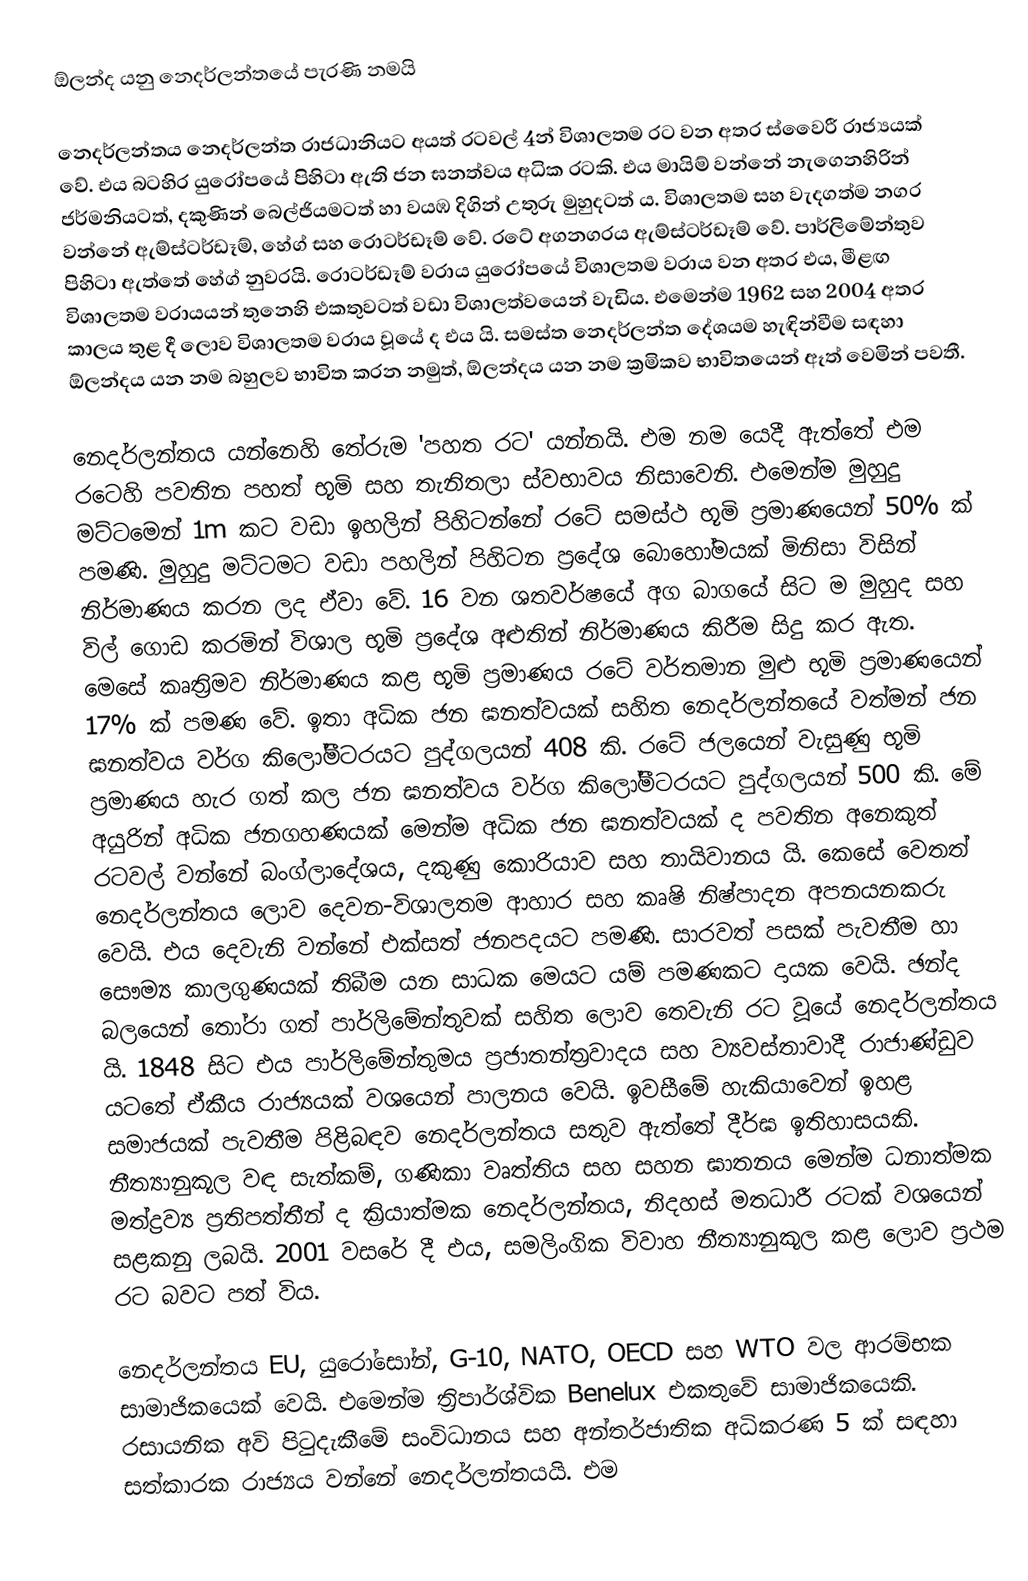
ඕලන්ද යනු නෙදර්ලන්තයේ පැරණි නමයි

නෙදර්ලන්තය නෙදර්ලන්ත රාජධානිය‍ට අයත් රටවල් 4න් විශාලතම රට වන අතර ස්වෛරී රාජ්‍යයක් වේ. එය බටහිර යුරෝපයේ පිහිටා ඇති ජන ඝනත්වය අධික රටකි. එය මායිම් වන්නේ නැගෙනහිරින් ජර්මනියටත්, දකුණින් බෙල්ජියමටත් හා වයඹ දිගින් උතුරු මුහුදටත් ය. විශාලතම සහ වැදගත්ම නගර වන්නේ ඇම්ස්ටර්ඩෑම්, හේග් සහ රොටර්ඩෑම් වේ. රටේ අගනගරය ඇම්ස්ටර්ඩෑම් වේ. පාර්ලිමේන්තුව පිහිටා ඇත්තේ හේග් නුවරයි. රොටර්ඩෑම් වරාය යුරෝපයේ විශාලතම වරාය වන අතර එය, මීළඟ විශාලතම වරායයන් තුනෙහි එකතුවටත් වඩා විශාලත්වයෙන් වැඩිය. එමෙන්ම 1962 සහ 2004 අතර කාලය තුළ දී ලොව විශාලතම වරාය වූයේ ද එය යි. සමස්ත නෙදර්ලන්ත දේශයම හැඳින්වීම සඳහා ඕලන්දය යන නම බහුලව භාවිත කරන නමුත්, ඕලන්දය යන නම ක්‍රමිකව භාවිතයෙන් ඈත් ‌වෙමින් පවතී.

නෙදර්ලන්තය යන්නෙහි තේරුම 'පහත රට' යන්නයි. එම නම යෙදී ඇත්තේ එම රටෙහි පවතින පහත් භූමි සහ තැනිතලා ස්වභාවය නිසාවෙනි. එමෙන්ම මුහුදු මට්ටමෙන් 1m කට වඩා ඉහලින් පිහිටන්නේ රටේ සමස්ථ භූමි ප්‍රමාණයෙන් 50% ක් පමණි. මුහුදු මට්ටමට වඩා පහලින් පිහිටන ප්‍රදේශ බොහෝමයක් මිනිසා විසින් නිර්මාණය කරන ලද ඒවා වේ. 16 වන ශතවර්ෂයේ අග බාගයේ සිට ම මුහුද සහ විල් ගොඩ කරමින් විශාල භූමි ප්‍රදේශ අළුතින් නිර්මාණය කිරීම සිදු කර ඇත. මෙසේ කෘත්‍රිමව නිර්මාණය කළ භූමි ප්‍රමාණය රටේ වර්තමාන මුළු භූමි ප්‍රමාණයෙන් 17% ක් පමණ වේ. ඉතා අධික ජන ඝනත්වයක් සහිත නෙදර්ලන්තයේ වත්මන් ජන ඝනත්වය වර්ග කිලෝමීටරයට පුද්ගලයන් 408 කි. රටේ ජලයෙන් වැසුණු භූමි ප්‍රමාණය හැර ගත් කල ජන ඝනත්වය වර්ග කිලෝමීටරයට පුද්ගලයන් 500 කි. මේ අයුරින් අධික ජනගහණයක් මෙන්ම අධික ජන ඝනත්වයක් ද පවතින අනෙකුත් රටවල් වන්නේ බංග්ලාදේශය, දකුණු කොරියාව සහ තායිවානය යි. කෙසේ වෙතත් නෙදර්ලන්තය ලොව දෙවන-විශාලතම ආහාර සහ කෘෂි නිෂ්පාදන අපනයනකරු වෙයි. එය දෙවැනි වන්නේ එක්සත් ජනපදයට පමණි. සාරවත් පසක් පැවතීම හා සෞම්‍ය කාලගුණයක් තිබීම යන සාධක මෙයට යම් පමණකට දායක වෙයි. ඡන්ද බලයෙන් තෝරා ගත් පාර්ලිමේන්තුවක් සහිත ලොව තෙවැනි රට වූයේ නෙදර්ලන්තය යි. 1848 සිට එය පාර්ලිමේන්තුමය ප්‍රජාතන්ත්‍රවාදය සහ ව්‍යවස්තාවාදී රාජාණ්ඩුව යටතේ ඒකීය රාජ්‍යයක් වශයෙන් පාලනය වෙයි. ඉවසීමේ හැකියාවෙන් ඉහළ සමාජයක් පැවතීම පිළිබඳව නෙදර්ලන්තය සතුව ඇත්තේ දීර්ඝ ඉතිහාසයකි. නීත්‍යානුකූල වඳ සැත්කම්, ගණිකා වෘත්තිය සහ සහන ඝාතනය මෙන්ම ධනාත්මක මත්ද්‍රව්‍ය ප්‍රතිපත්තීන් ද ක්‍රියාත්මක නෙදර්ලන්තය, නිදහස් මතධාරී රටක් වශයෙන් සළකනු ලබයි. 2001 වසරේ දී එය, සමලිංගික විවාහ නීත්‍යානුකූල කළ ලොව ප්‍රථම රට බවට පත් විය.

නෙදර්ලන්තය EU, යුරෝසෝන්, G-10, NATO, OECD සහ WTO වල ආරම්භක සාමාජිකයෙක් වෙයි. එමෙන්ම ත්‍රිපාර්ශ්වික Benelux එකතුවේ සාමාජිකයෙකි. රසායනික අවි පිටුදැකීමේ සංවිධානය සහ අන්තර්ජාතික අධිකරණ 5 ක් සඳහා සත්කාරක රාජ්‍යය වන්නේ නෙදර්ලන්තයයි. එම